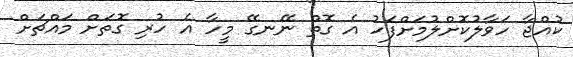
ކުއްޖާ ހަވާލުކޮށްލުމަށްފަހު އެ ގޮތް ނޭނގޭ މީހާ އެ ހުރި ގޮތަށް މައްޗަށް